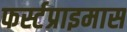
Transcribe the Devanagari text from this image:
फर्स्टप्राइमास